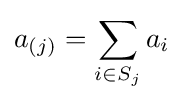
a_{(j)}=\sum _{i\in S_{j}}a_{i}